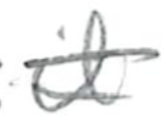
Text: it
Cross-out: double-line
Writing tool: pencil